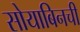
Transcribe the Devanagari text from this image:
सोयाबिनची